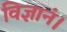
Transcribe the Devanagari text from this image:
विज्ञानं।